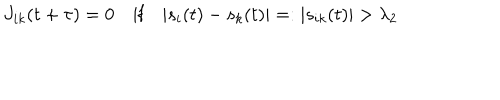
J _ { i k } ( t + \tau ) = 0 \quad \mathrm { i f } \quad | s _ { i } ( t ) - s _ { k } ( t ) | = : | s _ { i k } ( t ) | > \lambda _ { 2 }